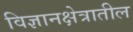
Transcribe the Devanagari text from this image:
विज्ञानक्षेत्रातील